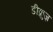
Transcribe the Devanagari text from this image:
डीक्रुज़